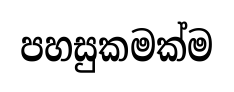
පහසුකමක්ම